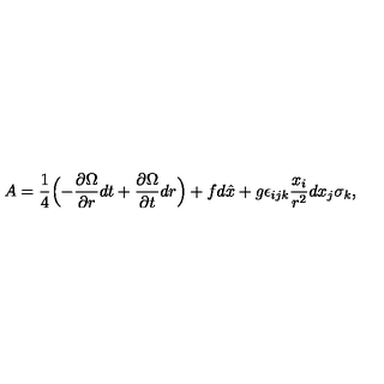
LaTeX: A = \frac { 1 } { 4 } \Bigl ( - \frac { \partial \Omega } { \partial r } d t + \frac { \partial \Omega } { \partial t } d r \Bigr ) + f d \hat { x } + g \epsilon _ { i j k } \frac { x _ { i } } { r ^ { 2 } } d x _ { j } \sigma _ { k } ,